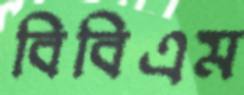
বিবিএম